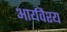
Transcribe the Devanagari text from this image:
आर्यवैश्‍य